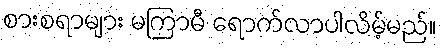
စားစရာများ မကြာမီ ရောက်လာပါလိမ့်မည်။